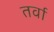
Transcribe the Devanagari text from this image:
तर्वा